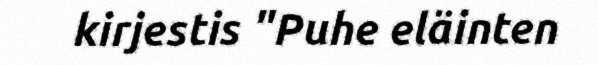
kirjestis "Puhe eläinten